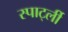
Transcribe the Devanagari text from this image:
स्पार्ट्ली